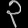
Digit: ၃